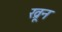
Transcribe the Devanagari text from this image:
ख्रून